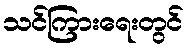
သင်ကြားရေးတွင်